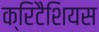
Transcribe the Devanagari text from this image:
क्रिटैशियस